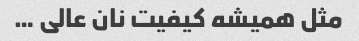
مثل همیشه کیفیت نان عالی …